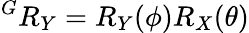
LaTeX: {{^G}R_{Y}}={R_{Y}(\phi)}{R_{X}(\theta)}